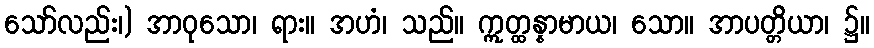
သော်လည်း၊) အာဝုသော၊ ရား။ အဟံ၊ သည်။ ဣတ္ထန္နာမာယ၊ သော။ အာပတ္တိယာ၊ ၌။